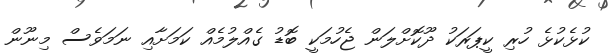
ކުޅެކުޅެ ހުރި ކީޕަރަކު ދޫކޮށްލަން ޖެހުމަކީ ބޮޑު ގެއްލުމެއް ކަމަށާއި ނަމަވެސް މިނޫން